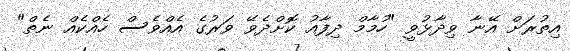
އިތުރަށް އޭނާ ވިދާޅުވީ "ހުމާމް ދިފާއު ކޮށްދެވޭ ވަރުގެ އެއްވެސް ހެއްކެއް ނެތް"